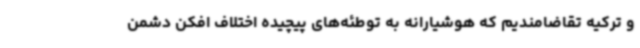
و ترکیه تقاضامندیم که هوشیارانه به توطئه‌های پیچیده اختلاف افکن دشمن